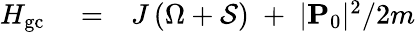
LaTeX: \begin{array}{rlr}{H_{\mathrm{gc}}}&{{}=}&{J\left(\Omega+{\cal S}\right)\; +\; |{\mathbf P}_{0}|^{2}/2m}\end{array}